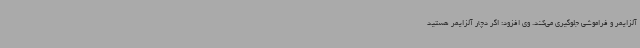
آلزایمر و فراموشی جلوگیری می‌کند. وی افزود: اگر دچار آلزایمر هستید